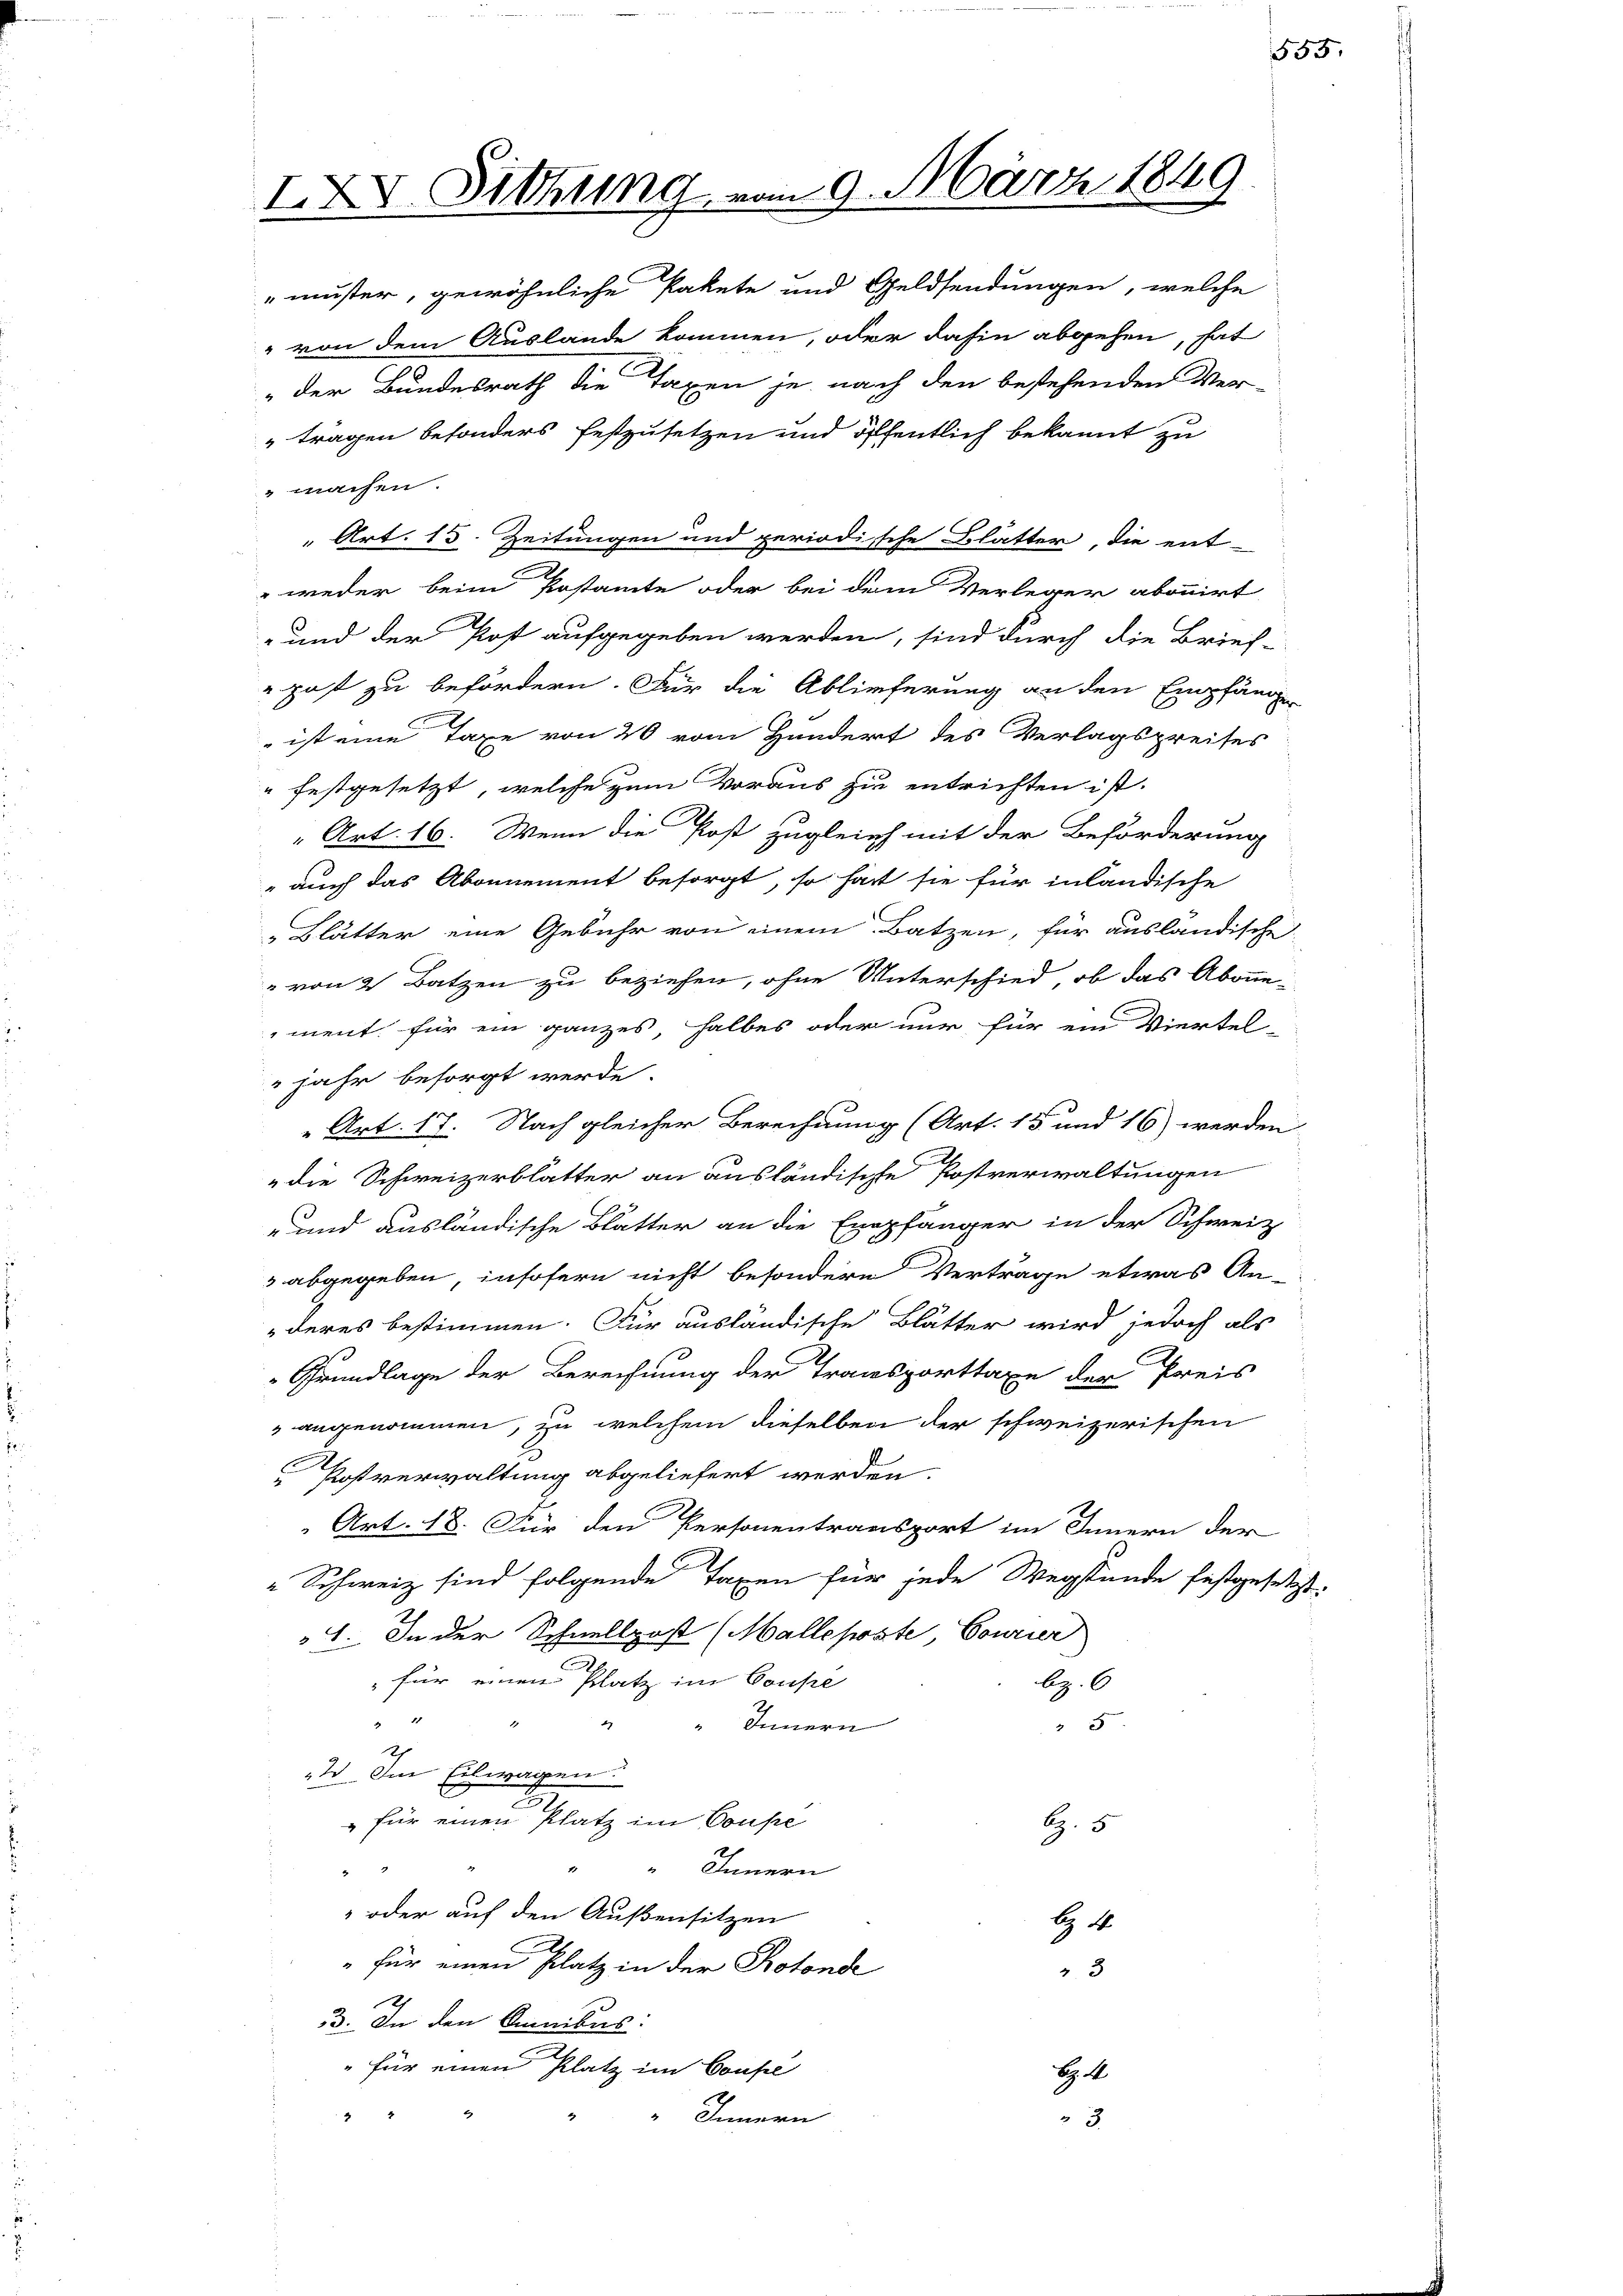
IXV. Sitzung vom 9. März 1849

muster, gewöhnliche Pakete und Geldsendungen, welche
" von dem Auslande kommen, oder dahin abgehen, hat
der Bundesrath die Taxen je nach den bestehenden Ver-
" tragen besonders festzusetzen und öffentlich bekannt zu
machen.
 Art. 15. Zeitungen und periodische Blätter, die ent-
 weder beim Postamte oder bei dem Verleger abonnirt
und der Post aufgegeben werden, sind durch die Brief-
"post zu befördern. Für die Ablieferung an den Empfänge
 ist eine Taxe von 20 vom Hundert des Verlagspreises
" festgesetzt, welche zum Voraus zu entrichten ist.
" Art. 16. Wenn die Post zugleich mit der Beförderung
" auch das Abonnement besorgt, so hat sie für inländische
„Blätter eine Gebühr von einem Batzen, für ausländische
" von 2 Batzen zu beziehen, ohne Unterschied, ob das Abonne-
ment für ein ganzes, halbes oder nur für ein Viertel-
jahr besorgt werde.
„Art. 17. Nach gleicher Berechnung (Art. 15 und 16) werden
die Schweizerblätter an ausländische Postverwaltungen
- und ausländische Blatter an die Empfänger in der Schweiz
3 abgegeben, insofern nicht besondern Verträge etwas An-
deres bestimmen. Für ausländische Blätter wird jedoch als
Grundlage der Berechnung der Transporttaxe der Preis
" angenommen, zu welchem dieselben der schweizerischen
2.
C
Postverwaltung abgeliefert werden.
 Art. 18. Für den Personentransport im Innern der
" Schweiz sind folgende Taxen für jede Wegstunde festgesetzt.
4. In der Schnellpost (Malleposte Courier
" für einen Platz im Conse
bz. 6
d
2
5
Innern
h
2 Im Eilwagen.
2
für einen Platz im Conse
G. 5
" Innern
2
 oder auf den Außensitzen
H
" für einen Platz in der Protonde
3
h
3. In den Omnibus:
" für einen Platz im Conse
H. A
4
 Innern
3

555.